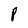
Character: P